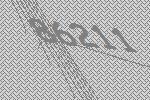
86211